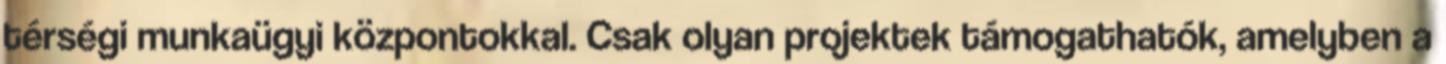
térségi munkaügyi központokkal. Csak olyan projektek támogathatók, amelyben a